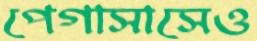
পেগাসাসেও